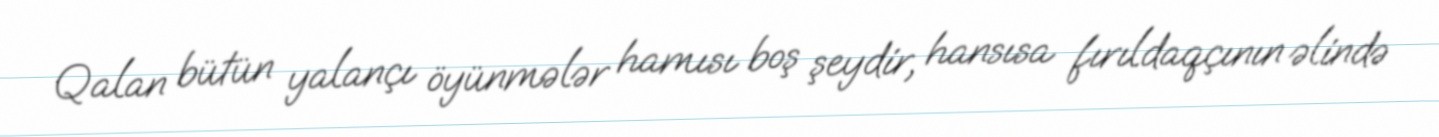
Qalan bütün yalançı öyünmələr hamısı boş şeydir, hansısa fırıldaqçının əlində